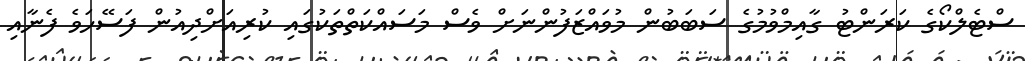
ސްޓެލްކޯގެ ކަރަންޓު ގާއިމްވުމުގެ ސަބަބުން މުވައްޒަފުންނަށް ވެސް މަސައްކަތްތަކުގައި ކުރިއަށްދިއުން ފަސޭހަވެ ފެނާއި